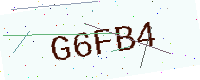
Text: G6FB4